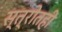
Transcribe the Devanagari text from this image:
स्त्रोतही